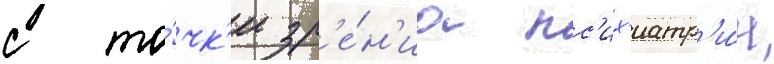
с то́чк'и зр'е́н'иа пс'их'иатр'и́и